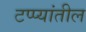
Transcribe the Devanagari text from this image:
टप्प्यांतील